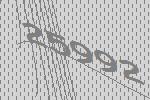
25992